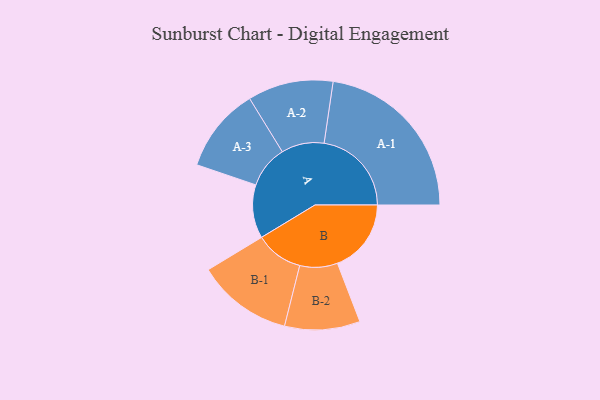
{"axis": {"x": "Segment", "y": "Value"}, "legend": ["", "A", "B"], "data": [{"x": "A", "y": 169, "type": ""}, {"x": "B", "y": 233, "type": ""}, {"x": "A-1", "y": 276, "type": "A"}, {"x": "A-2", "y": 135, "type": "A"}, {"x": "A-3", "y": 134, "type": "A"}, {"x": "B-1", "y": 151, "type": "B"}, {"x": "B-2", "y": 119, "type": "B"}]}